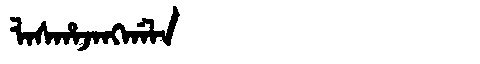
Manchu: ᠯᠠᠰᡥᠠᠵᠠᠩᡤᠠᠯᠠ
Romanization: LASHAJANGGALA